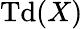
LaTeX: \operatorname{Td}(X)